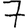
Digit: 7